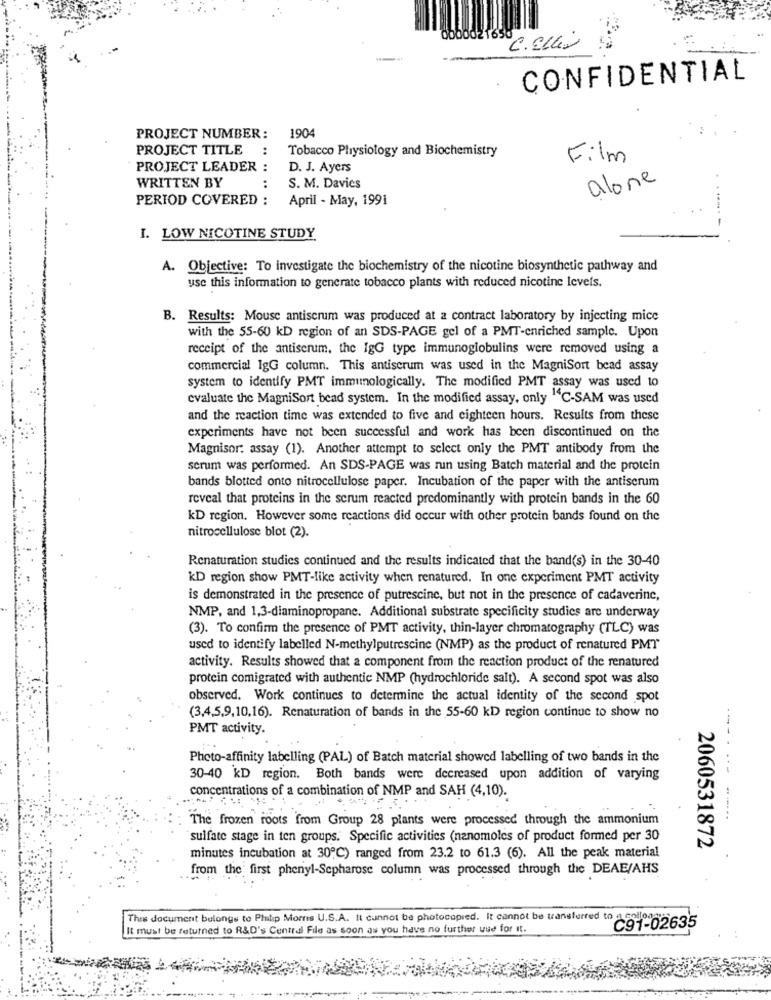
0000021
C.Ellis
CONFIDENTIAL
1904
PROJECT NUMBER:
PROJECT TITLE
:
Tobacco Physiology and Biochemistry
Film
PROJECT LEADER :
D. J. Ayers
alone
WRITTEN BY
:
S. M. Davies
PERIOD COVERED :
April - May, 1991
.-
I. LOW NICOTINE STUDY
A. Objective: To investigate the biochemistry of the nicotine biosynthetic pathway and
use this information to generate tobacco plants with reduced nicotine levels.
B. Results: Mouse antiscrum was produced at a contract laboratory by injecting mice
with the 55-60 kD region of an SDS-PAGE gel of a PMT-enriched sample. Upon
receipt of the antiserum, the IgG type immunoglobulins were removed using a
commercial IgG column. This antiscrum was used in the MagniSort bead assay
system to identify PMT immunologically. The modified PMT assay was used to
evaluate the MagniSort bead system. In the modified assay, only "C-SAM was used
and the reaction time was extended to five and eighteen hours. Results from these
experiments have not been successful and work has been discontinued on the
Magnisor: assay (1). Another attempt to select only the PMT antibody from the
scrum was performed. An SDS-PAGE was run using Batch material and the protein
bands blotted onto nitrocellulose paper. Incubation of the paper with the antiserum
reveal that proteins in the serum reacted predominantly with protein bands in the 60
KD region. However some reactions did occur with other protein bands found on the
nitrocellulose blot (2).
Renaturation studies continued and the results indicated that the band(s) in the 30-40
KD region show PMT-like activity when renatured. In one experiment PMT activity
is demonstrated in the presence of putrescine, but not in the presence of cadaverine,
NMP, and 1,3-diaminopropane. Additional substrate specificity studies are underway
(3). To confirm the presence of PMT activity, thin-layer chromatography (TLC) was
used to identify labelled N-methylputrescine (NMP) as the product of renatured PMT
activity. Results showed that a component from the reaction product of the renatured
protein comigrated with authentic NMP (hydrochloride salt). A second spot was also
observed. Work continues to determine the actual identity of the second spot
(3,4,5,9,10,16). Renaturation of bands in the 55-60 kD region continue to show no
PMT activity.
Photo-affinity labelling (PAL) of Batch material showed labelling of two bands in the
30-40 KD region. Both bands were decreased upon addition of varying
concentrations of a combination of NMP and SAH (4,10).
The frozen roots from Group 28 plants were processed through the ammonium
....... .......
"sulfate stage in ten groups. Specific activities (nanomoles of product formed per 30
2060531872
minutes incubation at 30℃) ranged from 23.2 to 61.3 (6). All the peak material
from the first phenyl-Sepharose column was processed through the DEAE/AHS
This document belongs to Philip Morris U.S.A. It cannot be photocopied. It cannot be transferred to a collona
It must be returned to R&D's Central File as soon as you have no further use for it
C91-02635